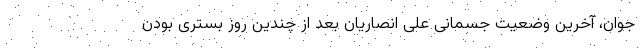
جوان، آخرین وضعیت جسمانی علی انصاریان بعد از چندین روز بستری بودن